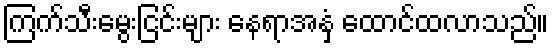
ကြက်သီးမွေးငြင်းများ နေရာအနှံ့ ထောင်ထလာသည်။